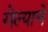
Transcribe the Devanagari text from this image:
गेल्‍याचे